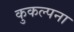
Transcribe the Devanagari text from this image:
कुकल्पना